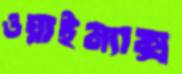
ওয়াইম্যাক্স